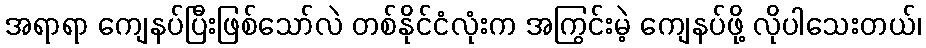
အရာရာ ကျေနပ်ပြီးဖြစ်သော်လဲ တစ်နိုင်ငံလုံးက အကြွင်းမဲ့ ကျေနပ်ဖို့ လိုပါသေးတယ်၊